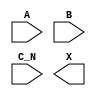
module sky130_fd_sc_lp__or3b (
    //# {{data|Data Signals}}
    input  A  ,
    input  B  ,
    input  C_N,
    output X
);

    // Voltage supply signals
    supply1 VPWR;
    supply0 VGND;
    supply1 VPB ;
    supply0 VNB ;

endmodule